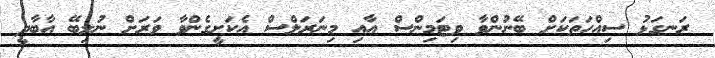
ރަނގަޅު ސިއްހަތަކަށް ބޭނުންވާ ވިޓަމިންސް އާއި މިނަރަލްސް އެކަށީގެންވާ ވަރަށް ނުލިބޭ އާބާދީ